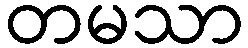
တမသာ